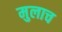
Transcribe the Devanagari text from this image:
मुलाच